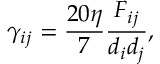
\gamma _ { i j } = \frac { 2 0 \eta } { 7 } \frac { F _ { i j } } { d _ { i } d _ { j } } ,